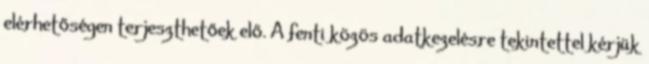
elérhetőségen terjeszthetőek elő. A fenti közös adatkezelésre tekintettel kérjük